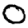
Digit: 0